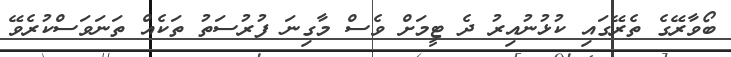
ބޯވާރޭގެ ތެރޭގައި ކުޅުނުއިރު ދެ ޓީމަށް ވެސް މާގިނަ ފުރުސަތު ތަކެއް ތަނަވަސްކުރެވޭ